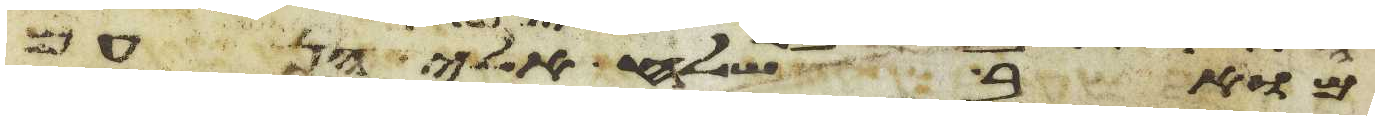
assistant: מואב שלח אלי הן עם